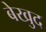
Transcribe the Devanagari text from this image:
बेखुद